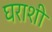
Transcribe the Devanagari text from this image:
घराशी